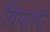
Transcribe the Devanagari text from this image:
विपाली